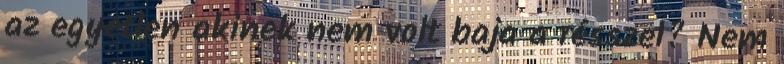
az egyetlen akinek nem volt baja a résszel? Nem